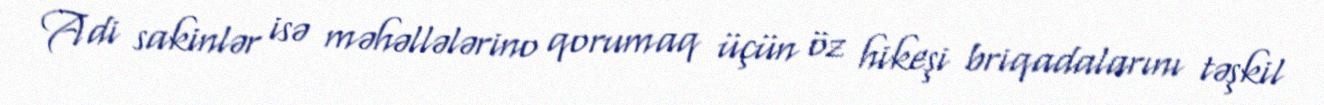
Adi sakinlər isə məhəllələrino qorumaq üçün öz hikeşi briqadalarını təşkil